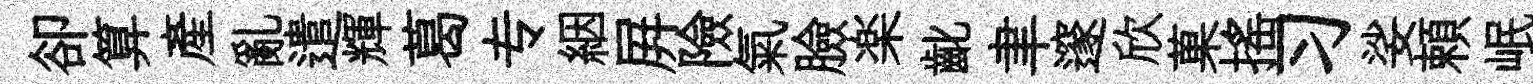
卻算産亂遣輝葛专絪屛險氣臉楽齔聿邃欣菓摇习娑頼岷